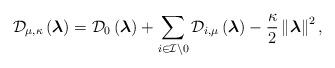
LaTeX: \begin{align*}\mathcal{D}_{\mu,\kappa} \left(\boldsymbol{\lambda}\right) =\mathcal{D}_{0}\left(\boldsymbol{\lambda}\right)+\sum_{ i\in \mathcal{I} \setminus 0} \mathcal{D}_{i,\mu} \left(\boldsymbol{\lambda}\right)-\frac{\kappa}{2}\left\|\boldsymbol{\lambda}\right\|^{2},\end{align*}